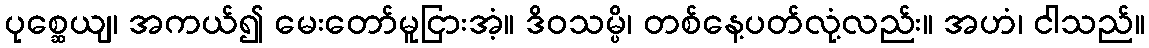
ပုစ္ဆေယျ၊ အကယ်၍ မေးတော်မူငြားအံ့။ ဒိဝသမ္ပိ၊ တစ်နေ့ပတ်လုံ့လည်း။ အဟံ၊ ငါသည်။